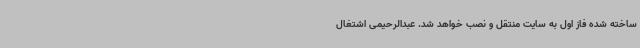
ساخته شده فاز اول به سایت منتقل و نصب خواهد شد. عبدالرحیمی اشتغال